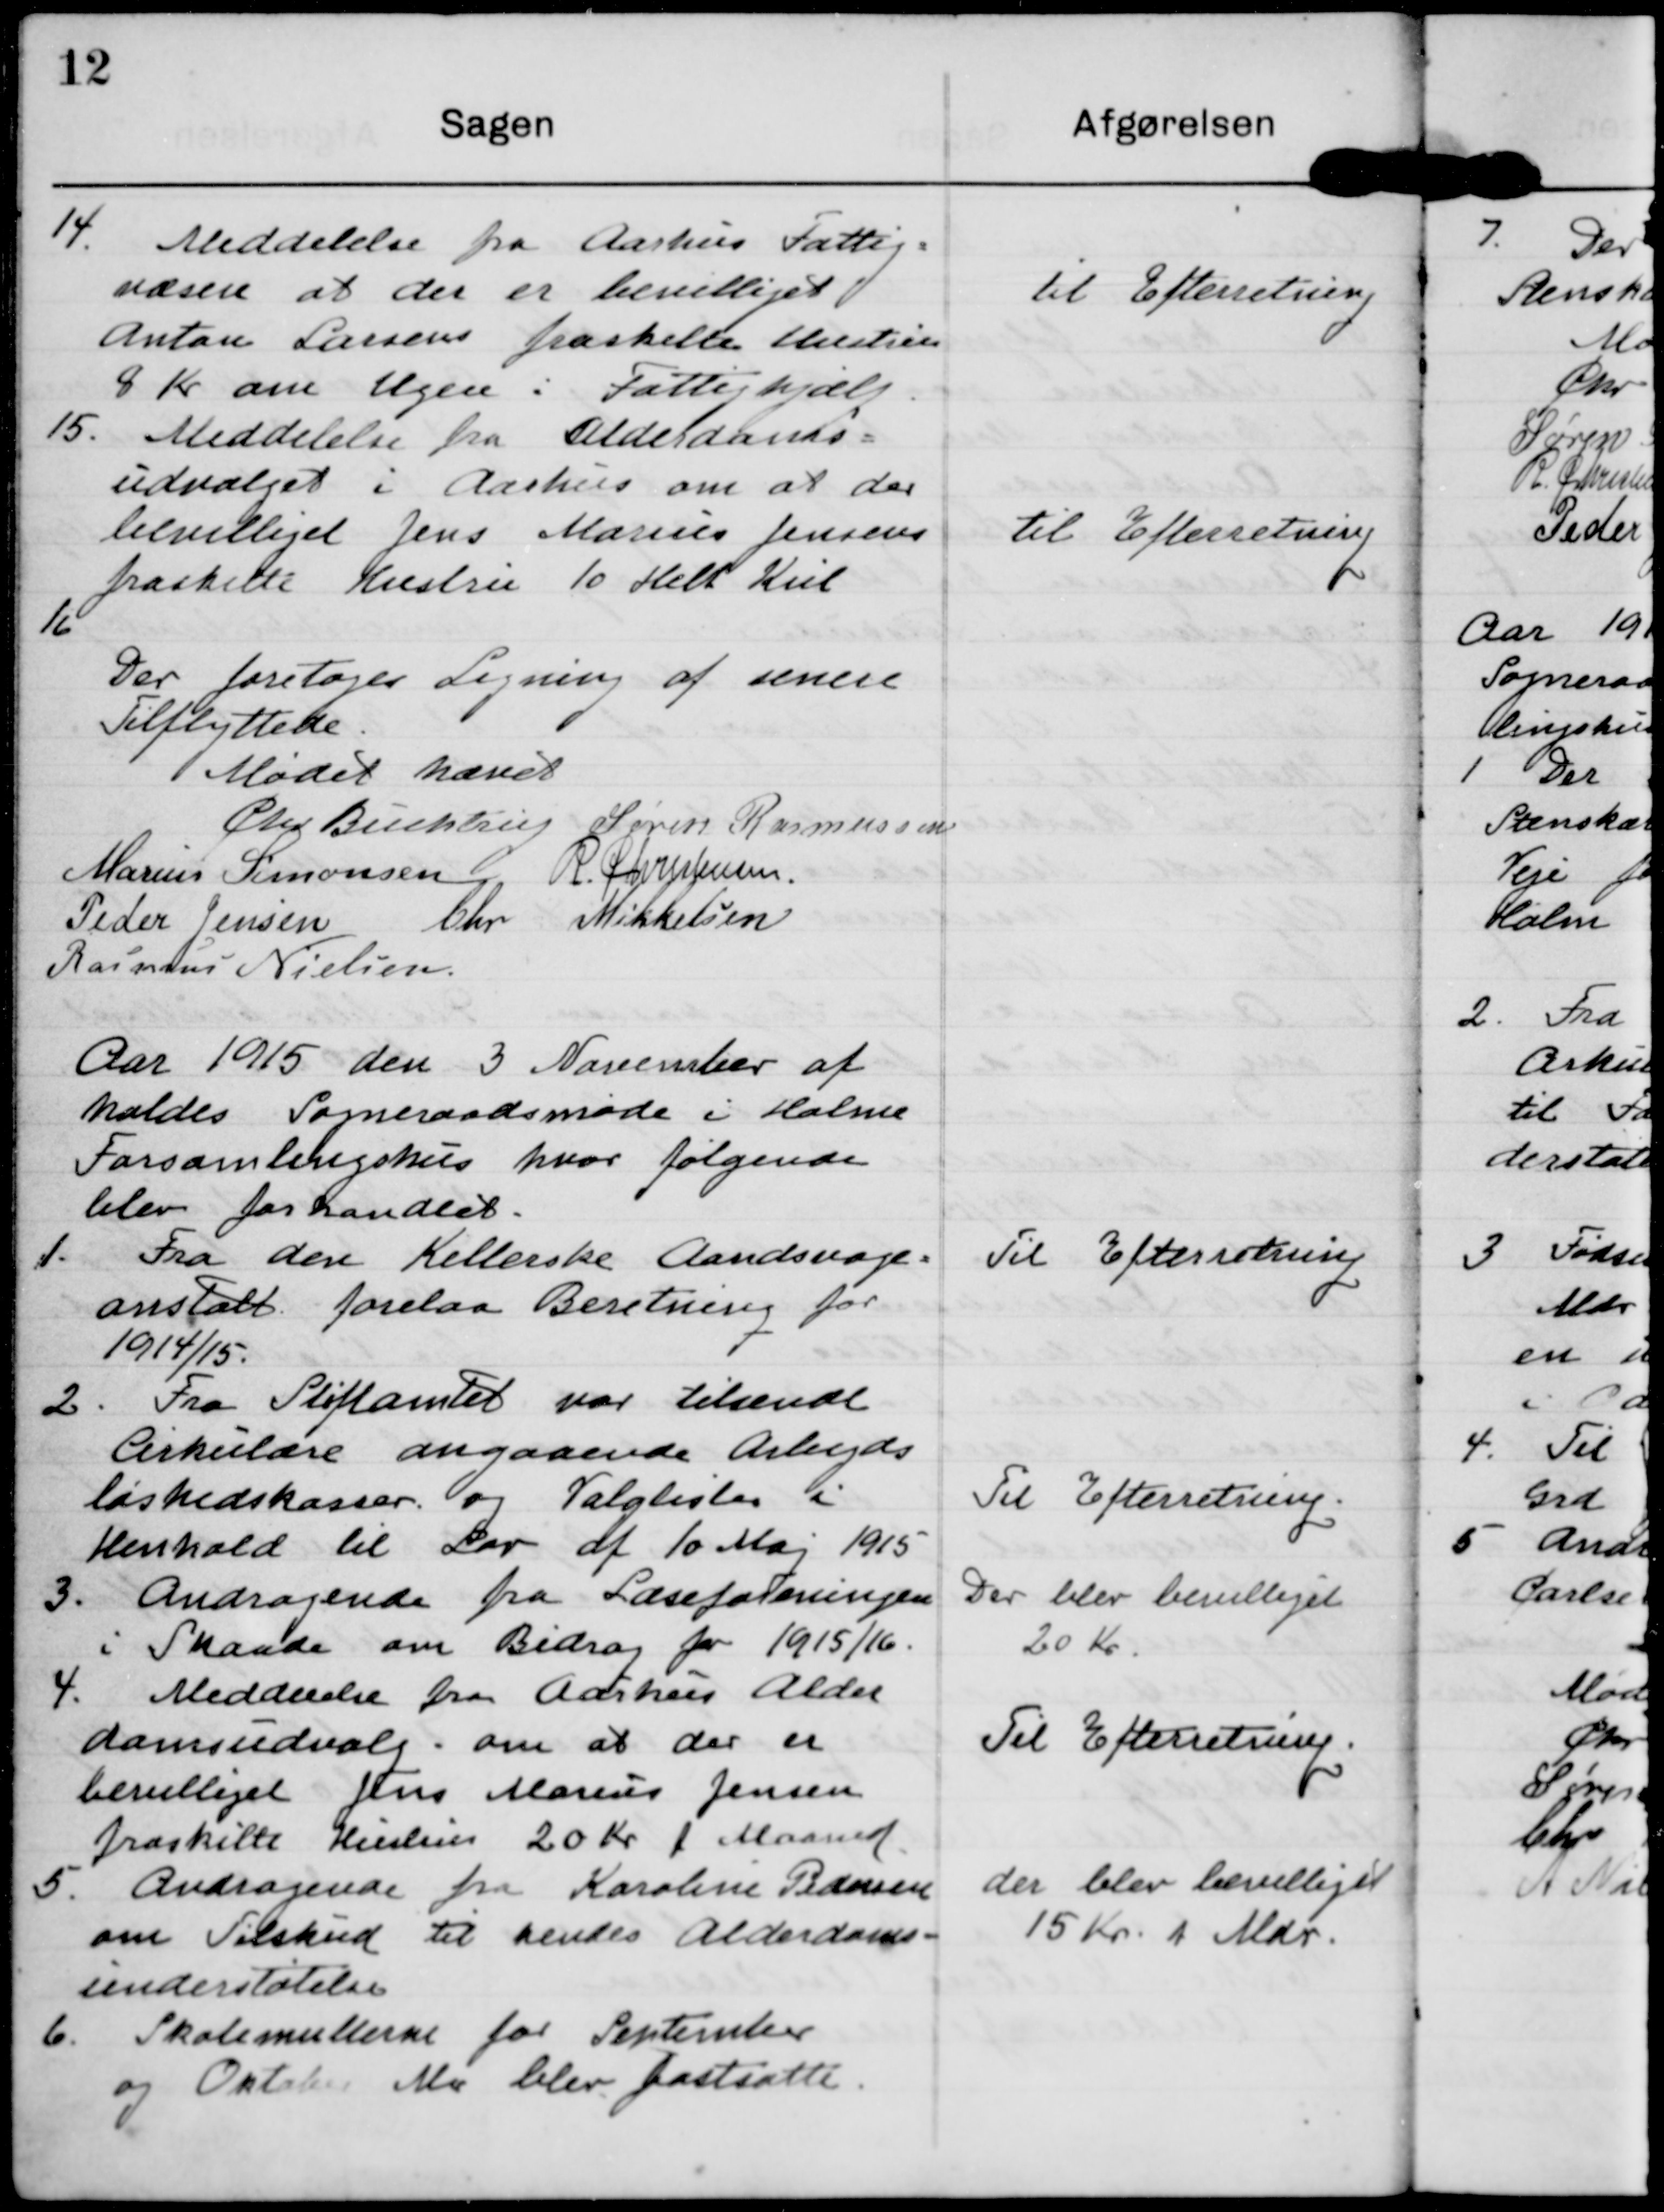
Transskription:
14. Meddelelse fra Aarhus Fattig-
væsen at der er bevilliget
Anton Larsens fraskilte Hustru
8 Kr om Ugen i Fattighjælp

til Efterreting.

15. Meddelelse fra Alderdoms=
udvalget i Aarhus om at der 
bevilliget Jens Marius Jensens
fraskilte Hustru 10 Helt Kul

til Efterretning.

16
Der foretoges Ligning af senere
Tilflyttede.

Mødet hævet.
Chr Buchtrup
Søren Rasmussen
Marius Simonsen
R Christensen
Peder Jensen
Chr Mikkelsen
Rasmus Nielsen

Aar 1915 den 3 November af
holdes Sogneraadsmøde i Holme
Forsamlingshus hvor følgende
blev forhandlet.

1. Fra den Kellerske Aandsvage=
anstalt foreslaa Beretning for 
1914/15.

Til Efterretning

2. Fra Stiftamtet var tilsendt
Cirkulære angaaende Arbejds
løshedskasser. og Valglister i
Henhold til Lov af 10 Maj 1915

Til Efterretning.

3. Andragende fra Læseforeningen
i Skaade om Bidrag for 1915/16.

Der blev bevilliget
20 Kr.

4. Meddelelse fra Aarhus Alder
domsudvalg om at der er
bevilliget Jens Marius Jensen
fraskilte Hustrus 20 Kr / Maaned

Til Efterretning.

5. Andragende fra Karoline Pedersen
om Tilskud til hendes Alderdoms-
understøtelse

der blev bevilliget
15 Kr p Mdr.

6. Skolemulterne for September
og Oktober Md blev fastsatte.